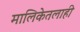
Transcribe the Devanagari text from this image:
मालिकेतलाही